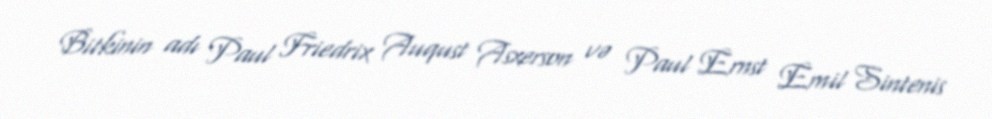
Bitkinin adı Paul Friedrix Auqust Asxerson və Paul Ernst Emil Sintenis